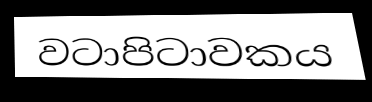
වටාපිටාවකය